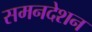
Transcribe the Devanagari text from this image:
समनदेशन